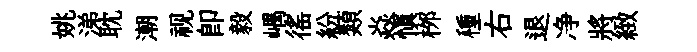
姚涕耽潮视卽毅嵎徭紛類焱慎桞種右退净將緻